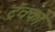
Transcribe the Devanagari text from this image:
ट्रॅवको